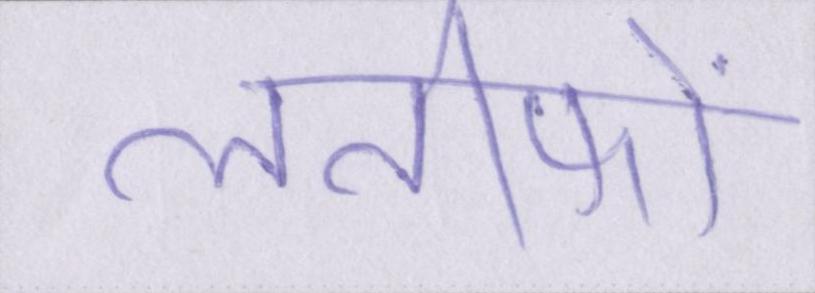
लतीफों